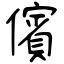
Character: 儐